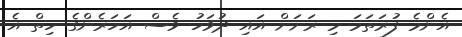
އެންމެ ފުރަތަމަ މި ރަށަށް އައި ދުވަހު ވެސް އަހަރެންގެ ހިތް އެ